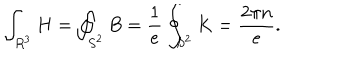
LaTeX: \int _ { R ^ { 3 } } H = \oint _ { S ^ { 2 } } B = \frac { 1 } { e } \oint _ { S ^ { 2 } } K = \frac { 2 \pi n } { e } .